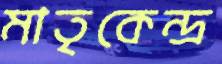
মাতৃকেন্দ্র